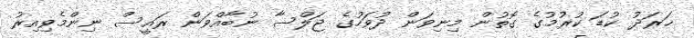
ޚަރަދު ކުޑަ ކުރުމުގެ ގޮތުން މިނިވަން ދުވަހުގެ ޖަލްސާ ނުބާއްވަން ރައީސް ނިންމެވިއިރު